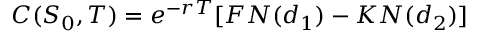
C ( S _ { 0 } , T ) = e ^ { - r T } [ F N ( d _ { 1 } ) - K N ( d _ { 2 } ) ]